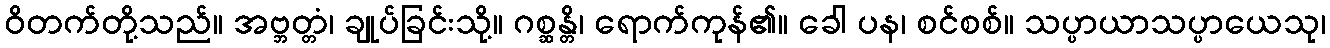
ဝိတက်တို့သည်။ အဗ္ဘတ္တံ၊ ချုပ်ခြင်းသို့။ ဂစ္ဆန္တိ၊ ရောက်ကုန်၏။ ခေါ ပန၊ စင်စစ်။ သပ္ပာယာသပ္ပာယေသု၊